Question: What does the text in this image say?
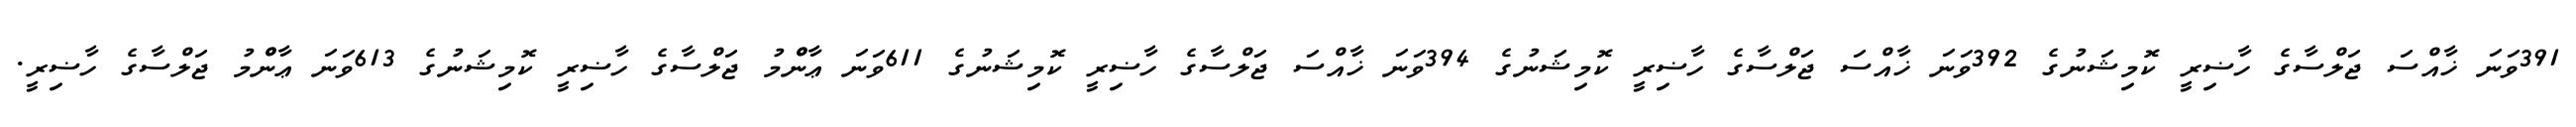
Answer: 391ވަނަ ޚާއްސަ ޖަލްސާގެ ހާޟިރީ ކޮމިޝަނުގެ 392ވަނަ ޚާއްސަ ޖަލްސާގެ ހާޟިރީ ކޮމިޝަނުގެ 394ވަނަ ޚާއްސަ ޖަލްސާގެ ހާޟިރީ ކޮމިޝަނުގެ 611ވަނަ ޢާންްމު ޖަލްސާގެ ހާޟިރީ ކޮމިޝަނުގެ 613ވަނަ ޢާންްމު ޖަލްސާގެ ހާޟިރީ.